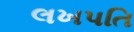
લખપતિ